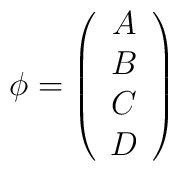
\phi =\left( \begin{array}{c}A\\B\\C\\D\end{array} \right)